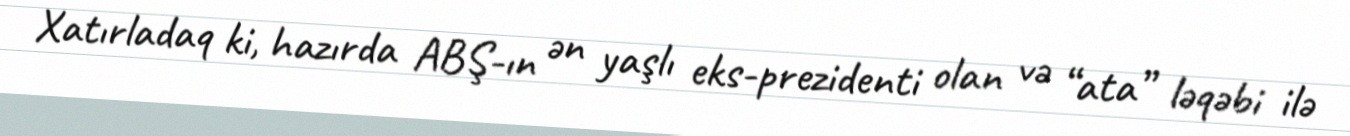
Xatırladaq ki, hazırda ABŞ-ın ən yaşlı eks-prezidenti olan və “ata” ləqəbi ilə